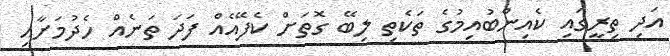
އަދި ތިރީގައި ކެއިންބުއިމުގެ ތަކެތި ލިބޭ ގޮތަށް ކެފޭއެއް ފަދަ ތަނެއް ހެދުމަށާއި